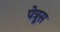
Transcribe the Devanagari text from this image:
पेत्रूस